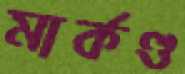
মার্কণ্ড